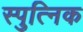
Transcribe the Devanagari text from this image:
स्पुत्निक